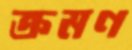
ক্রমণ